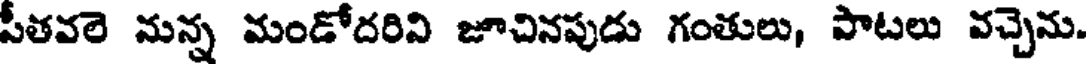
సీతవలె నున్న మండోదరిని జూచినపుడు గంతులు, పాటలు వచ్చెను.